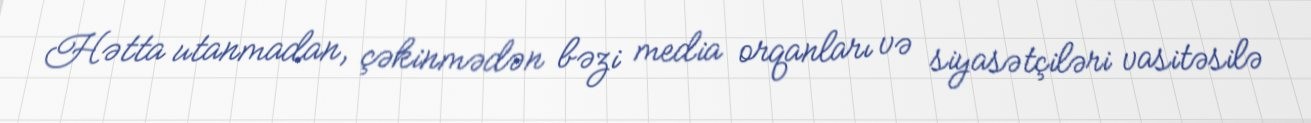
Hətta utanmadan, çəkinmədən bəzi media orqanları və siyasətçiləri vasitəsilə